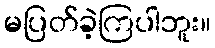
မပြတ်ခဲ့ကြပါဘူး။